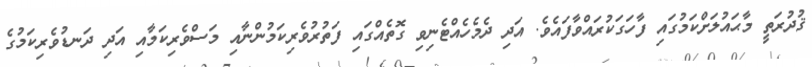
ޤުދުރަތީ މާޙައުލަށްކަމުގައި ފާހަގަކުރައްވާފައެވެ. އަދި ދެމެހެއްޓެނިވި ގޮތެއްގައި ފަތުރުވެރިކަމުންނާއި މަސްވެރިކަމާއި އަދި ދަނޑުވެރިކަމުގެ